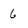
Character: 6